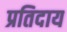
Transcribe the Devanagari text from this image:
प्रतिदाय